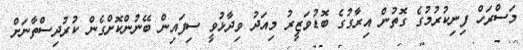
މަސްރަހް ފިނިކުރުމުގެ ގޮތުން އިރާގުގެ ބޮޑުވަޒީރު މިއަދު ވިދާޅުވީ ސިފައިން ބޭނުންކޮށްގެން ކުރުދިސްތާނަށް